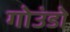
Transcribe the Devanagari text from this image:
गोउंडो